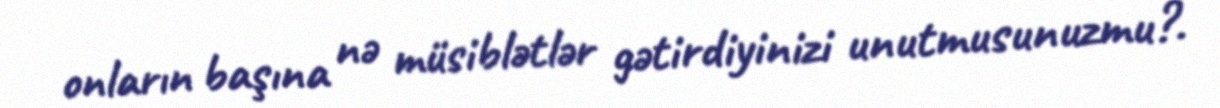
onların başına nə müsiblətlər gətirdiyinizi unutmusunuzmu?.